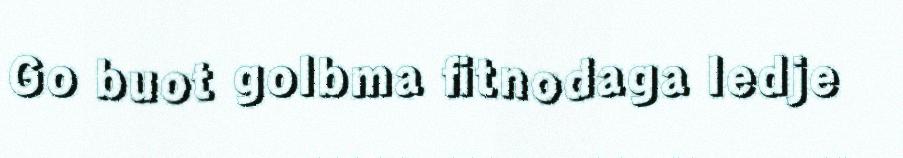
Go buot golbma fitnodaga ledje